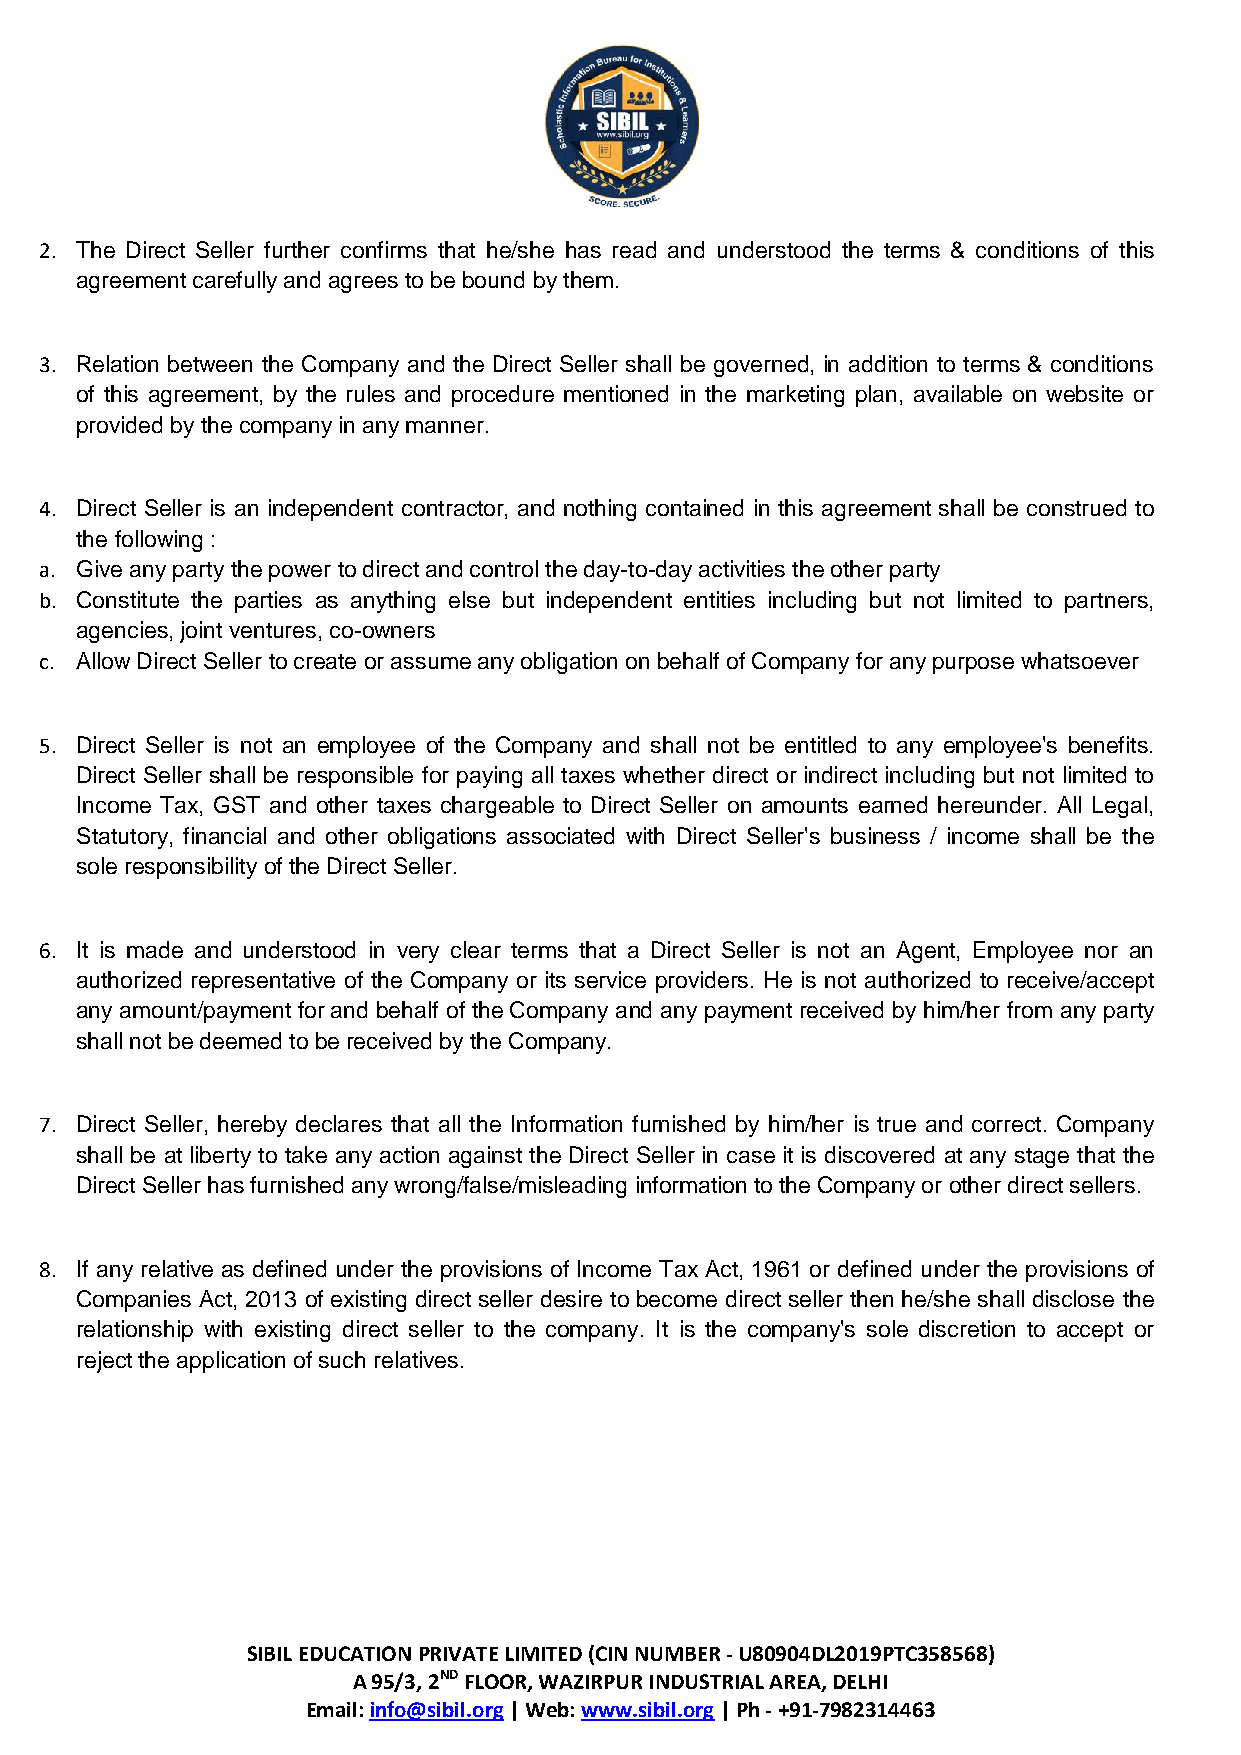
2. The Direct Seller further confirms that he/she has read and understood the terms & conditions of this
 agreement carefully and agrees to be bound by them.
 3. Relation between the Company and the Direct Seller shall be governed, in addition to terms & conditions
 of this agreement, by the rules and procedure mentioned in the marketing plan, available on website or
 provided by the company in any manner.
 4. Direct Seller is an independent contractor, and nothing contained in this agreement shall be construed to
 the following :
 a. Give any party the power to direct and control the day-to-day activities the other party
 b. Constitute the parties as anything else but independent entities including but not limited to partners,
 agencies, joint ventures, co-owners
 c. Allow Direct Seller to create or assume any obligation on behalf of Company for any purpose whatsoever
 5. Direct Seller is not an employee of the Company and shall not be entitled to any employee's benefits.
 Direct Seller shall be responsible for paying all taxes whether direct or indirect including but not limited to
 Income Tax, GST and other taxes chargeable to Direct Seller on amounts earned hereunder. All Legal,
 Statutory, financial and other obligations associated with Direct Seller's business / income shall be the
 sole responsibility of the Direct Seller.
 6. It is made and understood in very clear terms that a Direct Seller is not an Agent, Employee nor an
 authorized representative of the Company or its service providers. He is not authorized to receive/accept
 any amount/payment for and behalf of the Company and any payment received by him/her from any party
 shall not be deemed to be received by the Company.
 7. Direct Seller, hereby declares that all the Information furnished by him/her is true and correct. Company
 shall be at liberty to take any action against the Direct Seller in case it is discovered at any stage that the
 Direct Seller has furnished any wrong/false/misleading information to the Company or other direct sellers.
 8. If any relative as defined under the provisions of Income Tax Act, 1961 or defined under the provisions of
 Companies Act, 2013 of existing direct seller desire to become direct seller then he/she shall disclose the
 relationship with existing direct seller to the company. It is the company's sole discretion to accept or
 reject the application of such relatives.
 SIBIL EDUCATION PRIVATE LIMITED (CIN NUMBER - U80904DL2019PTC358568)
 A 95/3, 2ND FLOOR, WAZIRPUR INDUSTRIAL AREA, DELHI
 Email: info@sibil.org | Web: www.sibil.org | Ph - +91-7982314463